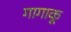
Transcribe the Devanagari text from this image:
गागाकू